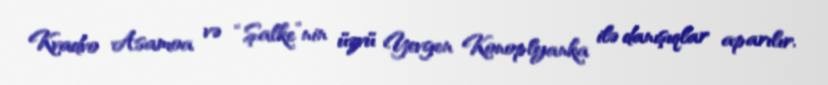
Kvadvo Asamoa və “Şalke”nin üzvü Yevgen Konoplyanka ilə danışıqlar aparılır.